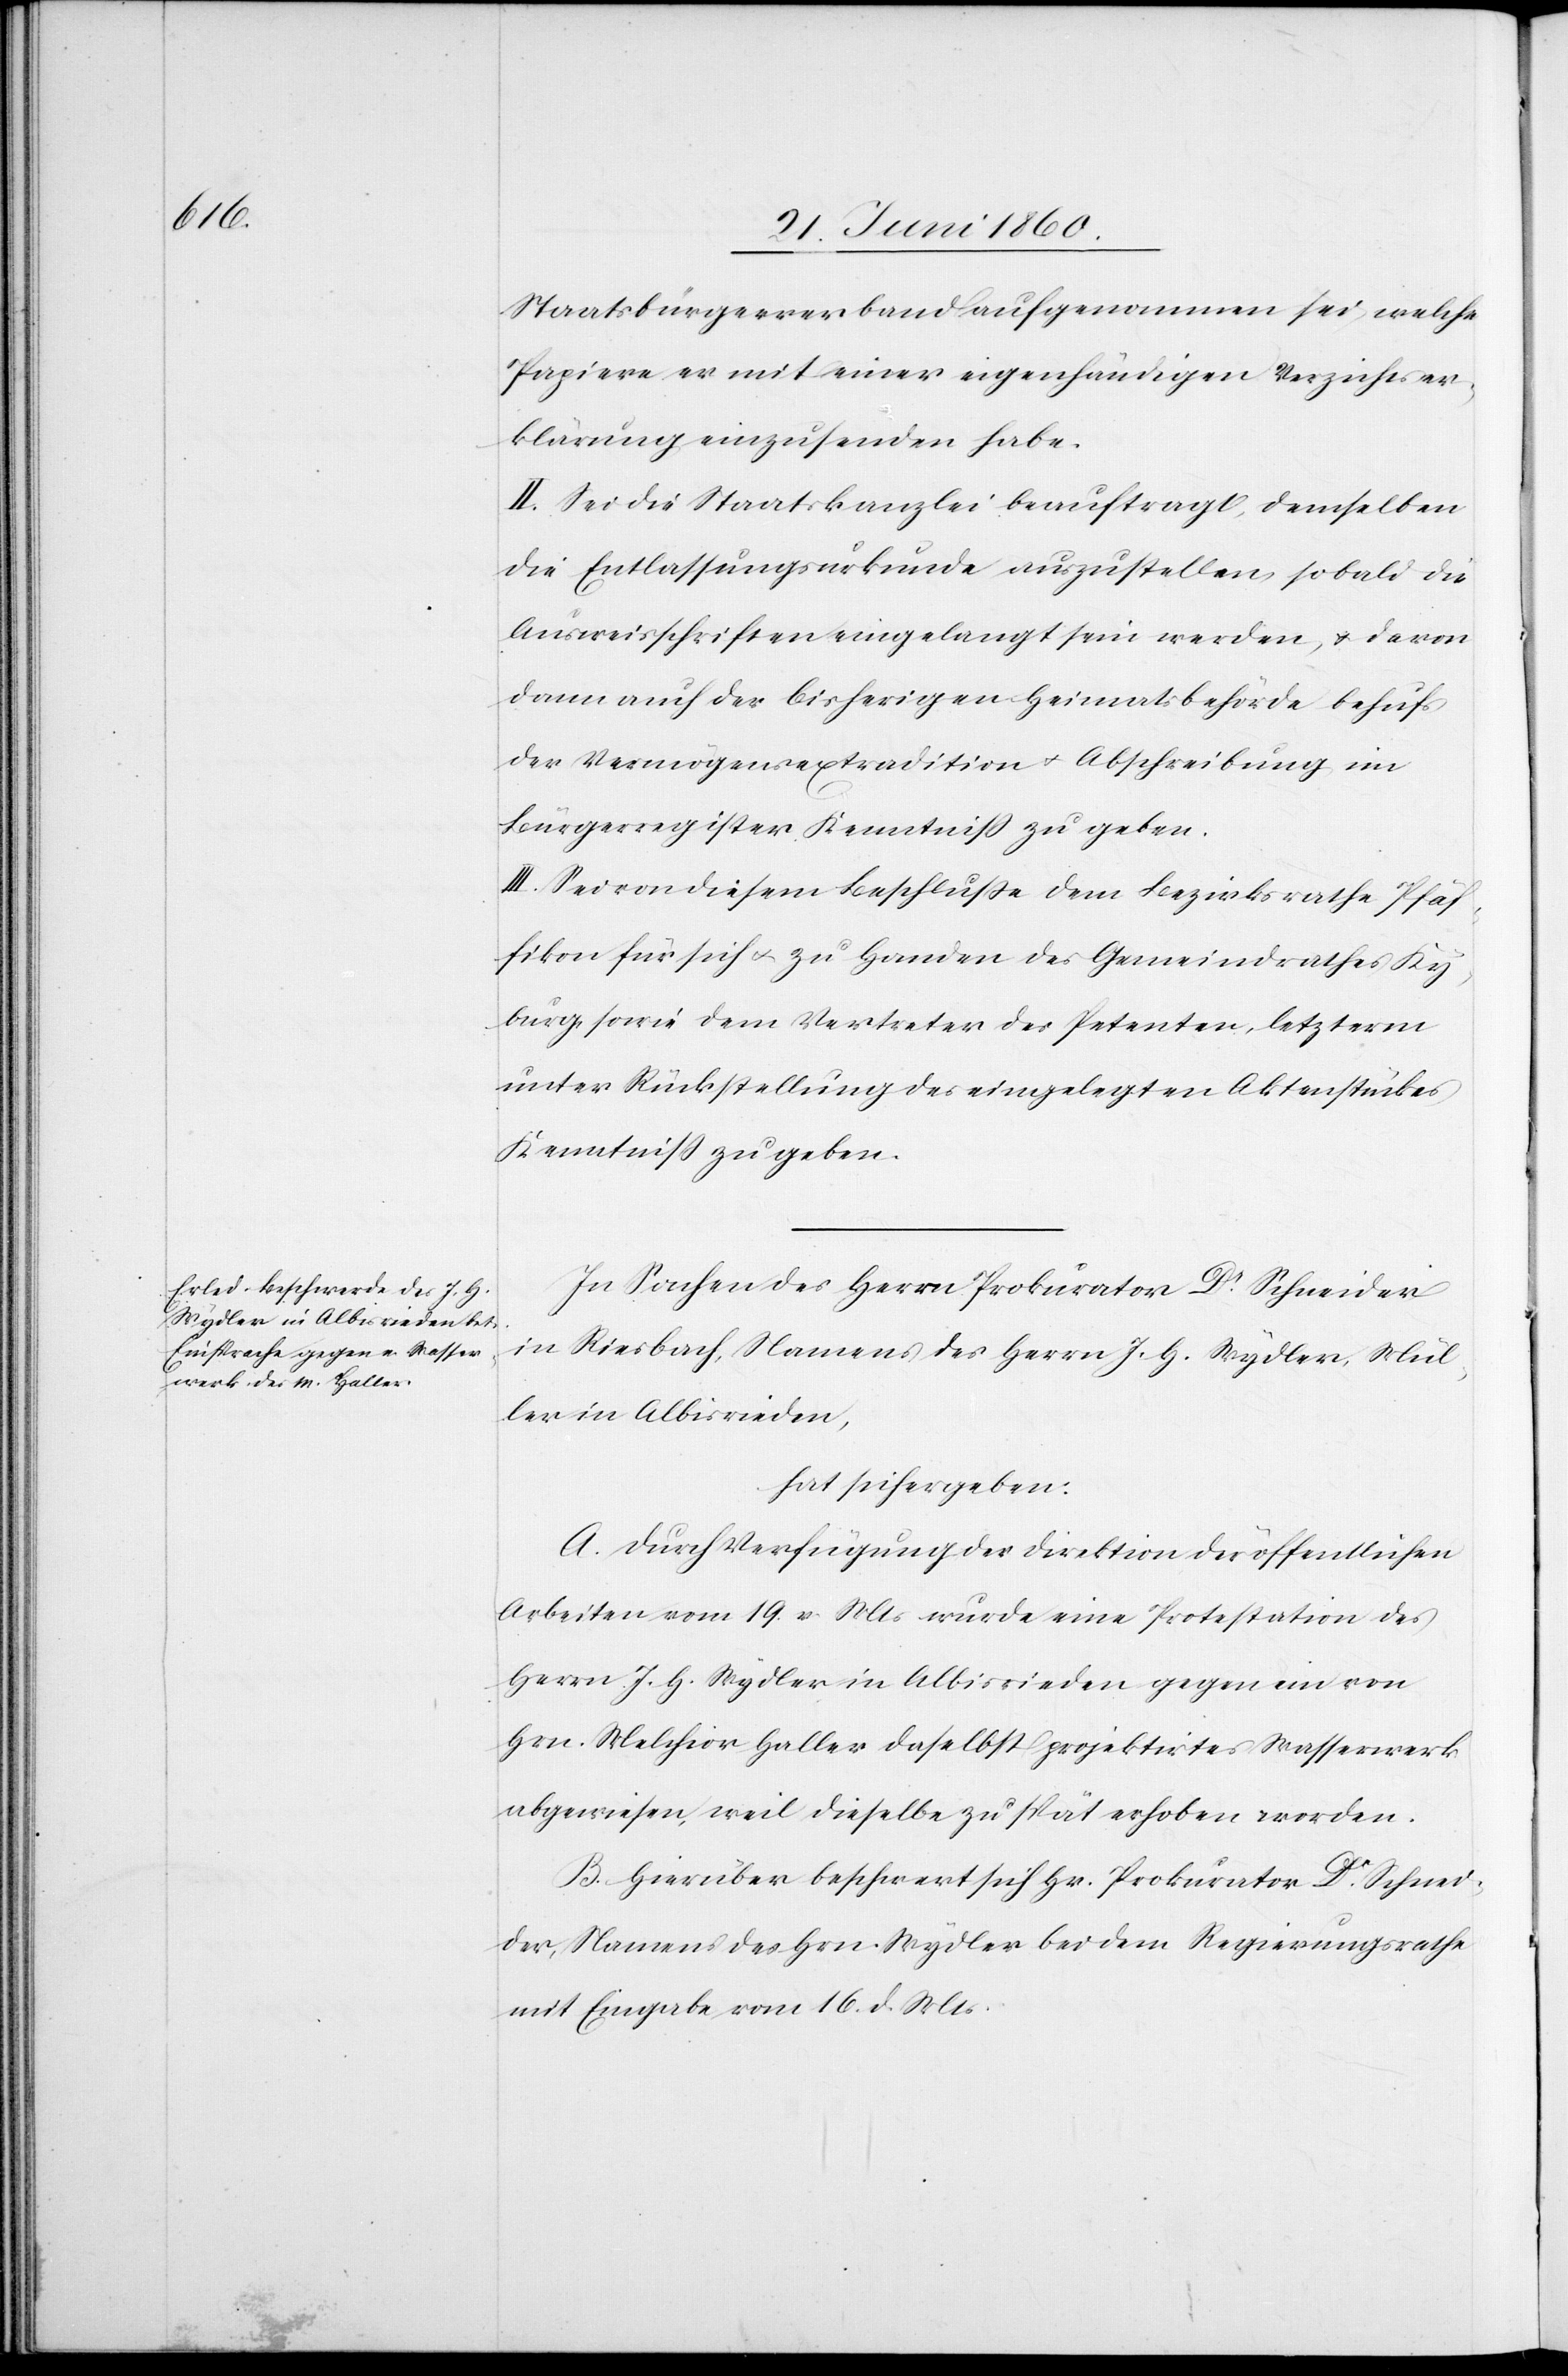
Staatsbürgerverband aufgenommen sei, welche
Papiere er mit einer eigenhändigen Verzichtser¬
klärung einzusenden habe.
II. Sei die Staatskanzlei beauftragt, demselben
die Entlassungsurkunde auszustellen, sobald die
Ausweisschriften eingelangt sein werden, u. deren
dann auch der bisherigen Heimatsbehörde behufs
der Vermögensextradition u. Abschreibung im
Bürgerregister Kenntniss zu geben.
III. Sei von diesem Beschlusse dem Bezirksrathe Pfäf¬
fikon für sich u. zu Handen des Gemeindrathes Ky¬
burg sowie dem Vertreter des Petenten, letzterm
unter Rückstellung des eingelegten Aktenstückes
Kenntniss zu geben.
In Sachen des Herrn Prokurator Dr Schneider
in Riesbach, Namens des Herrn J. H. Wydler, Mül¬
ler in Albisrieden,
hat sich ergeben:
A. Durch Verfügung der Direktion der öffentlichen
Arbeiten vom 19. v. Mts. wurde eine Protestation des
Herrn J. H. Wydler in Albisrieden gegen ein von
Hrn. Melchior Haller daselbst projektirtes Wasserwerk
abgewiesen, weil dieselbe zu spät erhoben worden.
B. Hierüber beschwert sich Hr. Prokurator Dr Schnei¬
der, Namens des Hrn. Wydler bei dem Regierungsrathe
mit Eingabe vom 16. d. Mts.